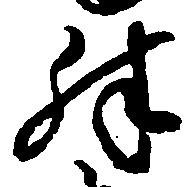
殊